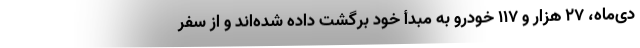
دی‌ماه، ۲۷ هزار و ۱۱۷ خودرو به مبدأ خود برگشت داده شده‌اند و از سفر